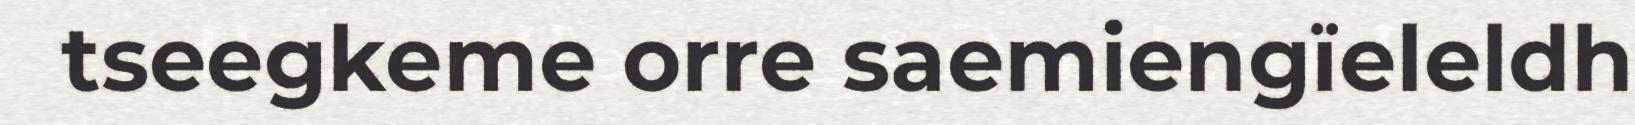
tseegkeme orre saemiengïeleldh